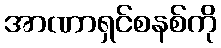
အာဏာရှင်စနစ်ကို